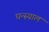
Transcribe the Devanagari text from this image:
घन्स्याल